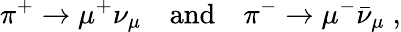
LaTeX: \pi^{+}\to\mu^{+}\nu_{\mu}\quad\mathrm{and}\quad\pi^{-}\to\mu^{-}\bar{\nu}_{\mu}\; ,